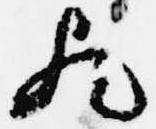
歟